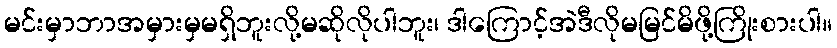
မင်းမှာဘာအမှားမှမရှိဘူးလို့မဆိုလိုပါဘူး၊ ဒါကြောင့်အဲဒီလိုမမြင်မိဖို့ကြိုးစားပါ။